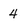
Character: 4